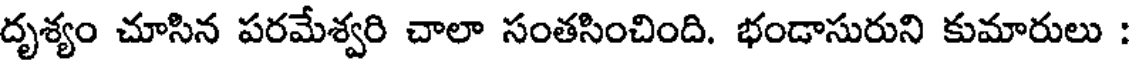
దృశ్యం చూసిన పరమేశ్వరి చాలా సంతసించింది. భండాసురుని కుమారులు :